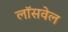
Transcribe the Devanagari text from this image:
लॉसवेल